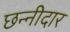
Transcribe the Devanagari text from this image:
छन्नीदार